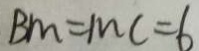
B n = m c = 6